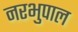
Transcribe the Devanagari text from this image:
नरभुपाल